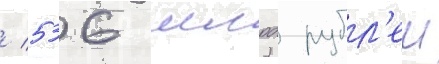
/ 536 млрд рубл'еи